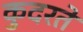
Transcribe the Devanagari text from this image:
कुदरते